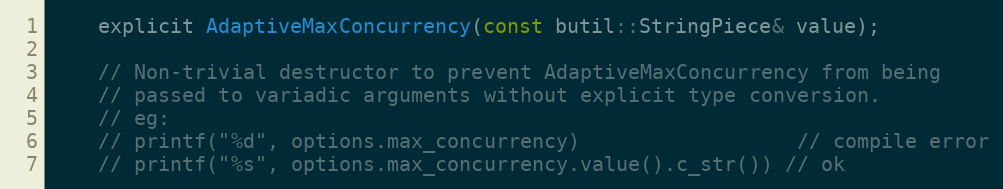
Language: C
    explicit AdaptiveMaxConcurrency(const butil::StringPiece& value);

    // Non-trivial destructor to prevent AdaptiveMaxConcurrency from being
    // passed to variadic arguments without explicit type conversion.
    // eg:
    // printf("%d", options.max_concurrency)                  // compile error
    // printf("%s", options.max_concurrency.value().c_str()) // ok